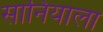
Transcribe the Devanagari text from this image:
सानियाला